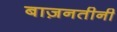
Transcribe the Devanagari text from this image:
बाज़नतीनी